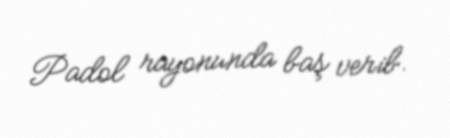
Padol rayonunda baş verib.